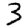
Digit: 3